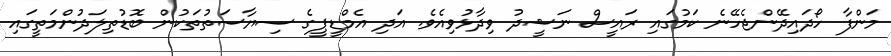
މަންފާ ހޯދައިދޭންޖެހޭނެ ކަމުގައި ރައީސް ނަޝީދު ވިދާޅުވިއެވެ. އަދި އެމްޑީޕީގެ ސިޔާސަތުތަކުން ބޮޑުތިލަދުންމަތީގައި